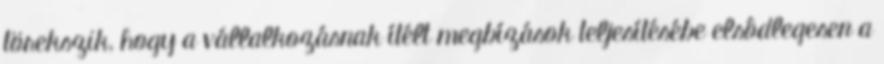
törekszik, hogy a vállalkozásnak ítélt megbízások teljesítésébe elsôdlegesen a